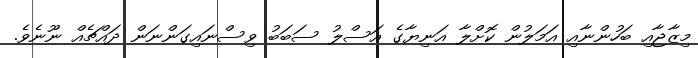
މިޒާޖާއި ބަހުންނާއި އަމަލުން ކޮށްލާ އަނިޔާގެ އަސްލު ސަބަބު ވިސްނައިގަންނަން ދައްޗެއް ނޫނެވެ.